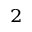
^ 2